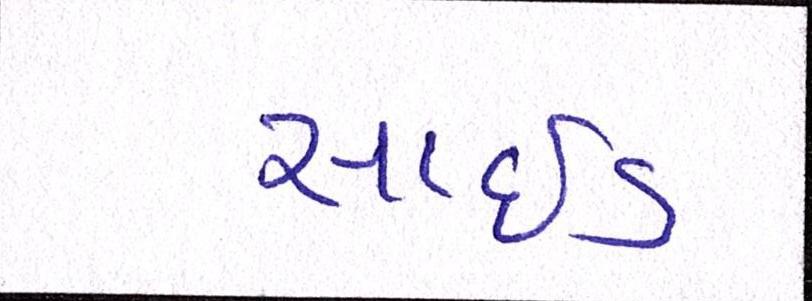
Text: સાઈડ